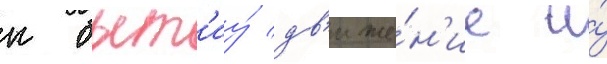
к быт'иу́ дв'иже́н'ие и́